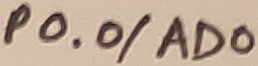
Text: P0.0/AD0